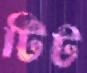
টিট